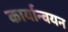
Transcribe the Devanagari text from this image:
कार्यान्‍वयन